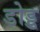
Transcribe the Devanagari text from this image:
डोड्ड